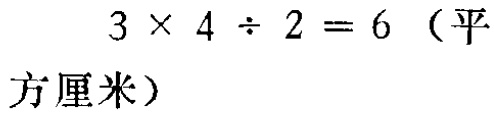
\(3\times 4\div 2 = 6\)（平方厘米）